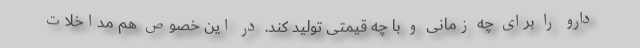
دارو را برای چه زمانی و با چه قیمتی تولید کند. در این خصوص هم مداخلات